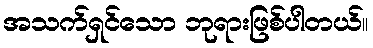
အသက်ရှင်သော ဘုရားဖြစ်ပါတယ်။